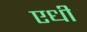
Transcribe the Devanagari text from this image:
एधी